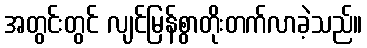
အတွင်းတွင် လျင်မြန်စွာတိုးတက်လာခဲ့သည်။